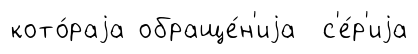
кото́раjа обраще́н'иjа с'е́р'иjа